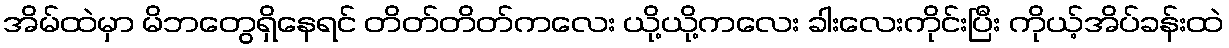
အိမ်ထဲမှာ မိဘတွေရှိနေရင် တိတ်တိတ်ကလေး ယို့ယို့ကလေး ခါးလေးကိုင်းပြီး ကိုယ့်အိပ်ခန်းထဲ